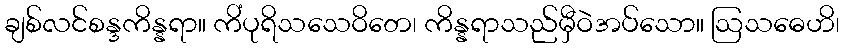
ချစ်လင်စန္ဒကိန္နရာ။ ကိံပုရိသသေဝိတေ၊ ကိန္နရာသည်မှီဝဲအပ်သော။ ဩသဓေဟိ၊